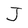
Character: J